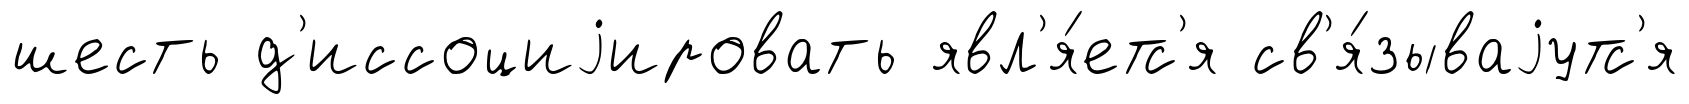
шесть д'иссоциjировать явл'я́етс'я св'я́зываjутс'я